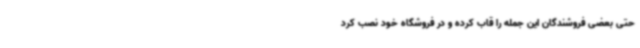
حتی بعضی فروشندگان این جمله را قاب کرده و در فروشگاه خود نصب‌ کرد